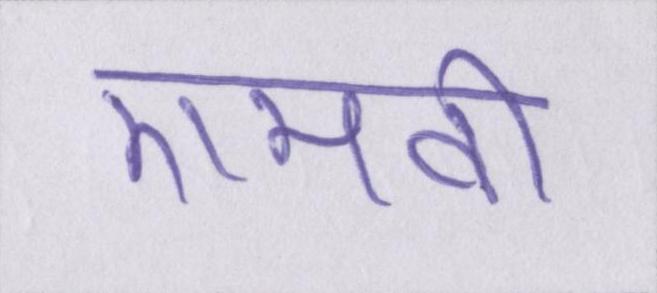
एमवी